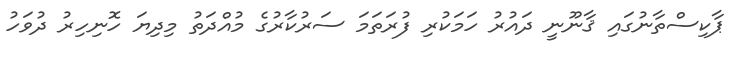
ޕާކިސްތާނުގައި ޤާނޫނީ ދައުރު ހަމަކުރި ފުރަތަމަ ސަރުކާރުގެ މުއްދަތު މިދިޔަ ހޮނިހިރު ދުވަހު